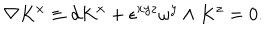
\nabla K ^ { x } \equiv d K ^ { x } + \epsilon ^ { x y z } \omega ^ { y } \wedge K ^ { z } = 0 .